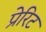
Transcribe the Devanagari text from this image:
प्रेरिट